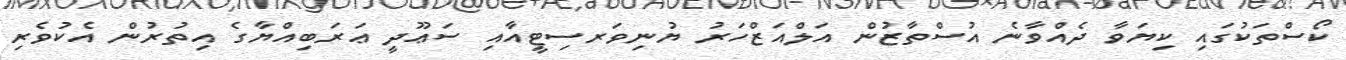
ކޯސްތަކުގައި ކިޔަވާ ދެއްވާނެ އުސްތާޒުން އަލްއަޒްހަރު ޔުނިވަރސިޓީއާއި ސަޢޫދީ ޢަރަބިއްޔާގެ އިތުރުން އެކުވެރި